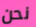
نحن